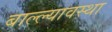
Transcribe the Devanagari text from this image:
बाल्ल्यावस्था